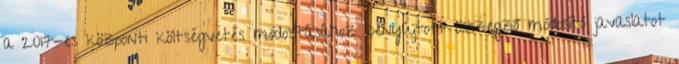
a 2017-es központi költségvetés módosításához benyújtott összegző módosító javaslatot